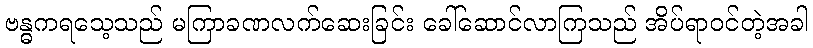
ဗန္ဓကရသေ့သည် မကြာခဏလက်ဆေးခြင်း ခေါ်ဆောင်လာကြသည် အိပ်ရာဝင်တဲ့အခါ